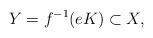
LaTeX: \begin{align*}Y=f^{-1}(eK) \subset X,\end{align*}